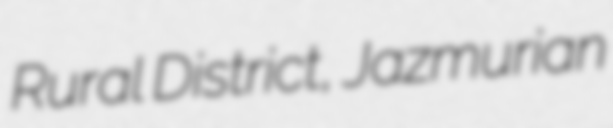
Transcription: Rural District, Jazmurian